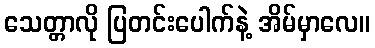
သေတ္တာလို ပြတင်းပေါက်နဲ့ အိမ်မှာလေ။